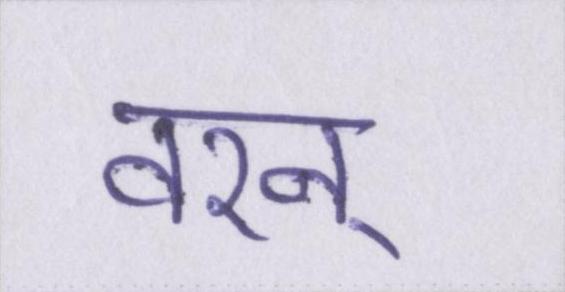
वरन्